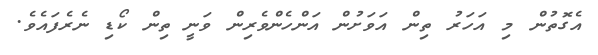
އެގޮތުން މި އަހަރު ތިން އަވަށުން އަންހެންވެރިން ވަނީ ތިން ކޯޑި ނެރެފައެވެ.